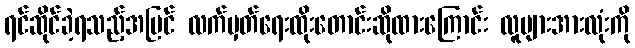
ရင်ဆိုင်ခဲ့ရသည့်အပြင် လက်မှတ်ရေးထိုးတောင်းဆိုထားကြောင်း လူများအားလုံးကို